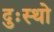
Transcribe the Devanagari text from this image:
दुःस्थो